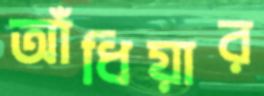
আঁধিয়ার